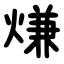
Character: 熑